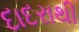
દાદરાથી